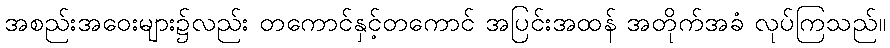
အစည်းအဝေးများ၌လည်း တကောင်နှင့်တကောင် အပြင်းအထန် အတိုက်အခံ လုပ်ကြသည်။